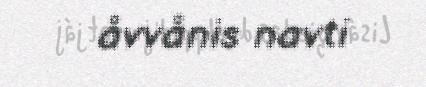
åvvånis navti